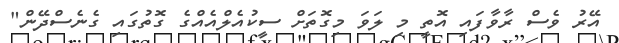
އޭރު ވެސް ރާވާފައި އޮތީ މި ލަވަ މިގޮތަށް ސީކުއެލްއެއްގެ ގޮތުގައި ގެނެސްދޭން"